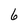
Character: 6